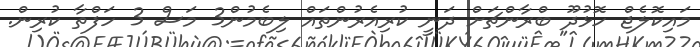
މައިކޮލެޖް ހޮޅުދޫ ބްރާންޗަށް ދަނީ ކުރިއެރުންތައް ލިބެމުން3 މަސް 3 ހަފްތާ ކުރިން.